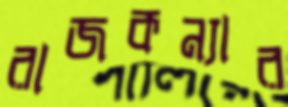
রাজকন্যার